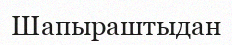
Шапыраштыдан